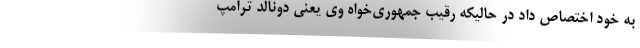
به خود اختصاص داد در حالیکه رقیب جمهوری‌خواه وی یعنی دونالد ترامپ